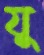
যু